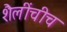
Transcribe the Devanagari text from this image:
शैलींचीच